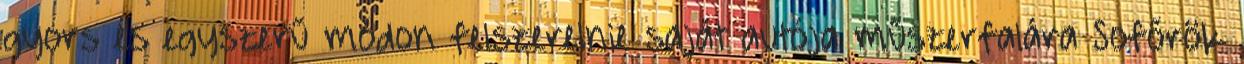
gyors és egyszerű módon felszerelnie saját autója műszerfalára Sofőrök